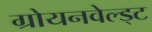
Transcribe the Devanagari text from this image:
ग्रोयनवेल्ड्ट